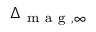
\Delta _ { \mathrm { ~ m ~ a ~ g ~ } , \infty }